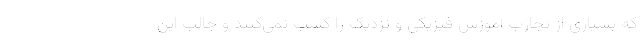
که بسیاری از تجارب آموزش فیزیکی و نزدیک را کسب نمی‌کنند و جالب این